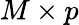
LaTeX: M\times p